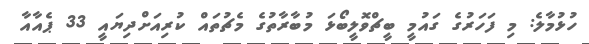
ހުޅުމާލެ: މި ފަހަރުގެ ގައުމީ ބީޗްވޮލީބޯޅަ މުބާރާތުގެ މެޗުތައް ކުރިއަށްދިޔައީ 33 ޕެއާއާ